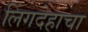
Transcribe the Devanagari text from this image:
लिंगदेहाचा